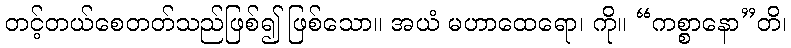
တင့်တယ်စေတတ်သည်ဖြစ်၍ ဖြစ်သော။ အယံ မဟာထေရော၊ ကို။ “ကစ္စာနော”တိ၊